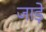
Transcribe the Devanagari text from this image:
जाड़े़